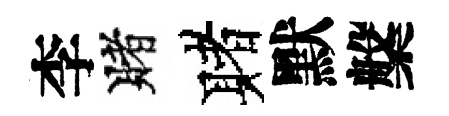
李賭赌默槃